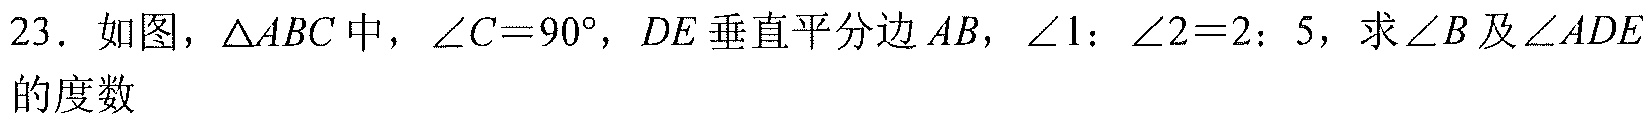
23. 如图，$\triangle ABC$中，$\angle C = 90^{\circ}$，$DE$垂直平分边$AB$，$\angle 1:\angle 2 = 2:5$，求$\angle B$及$\angle ADE$的度数